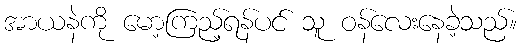
အာယနဲကို မော့ကြည့်ရန်ပင် သူ ဝန်လေးနေခဲ့သည်။